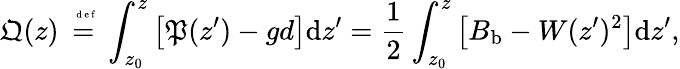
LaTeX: \mathfrak{Q}(z)\stackrel{\mathrm{~\tiny~{~d~e~f~}~}}{=}\int_{z_{0}}^{z}\left[\mathfrak{P}(z^{\prime})-gd\right]\mathrm{d}z^{\prime}=\frac{1}{2}\int_{z_{0}}^{z}\left[{B}_{\mathrm{b}}-W(z^{\prime})^{2}\right]\mathrm{d}z^{\prime},